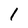
Character: 1